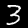
Digit: 3